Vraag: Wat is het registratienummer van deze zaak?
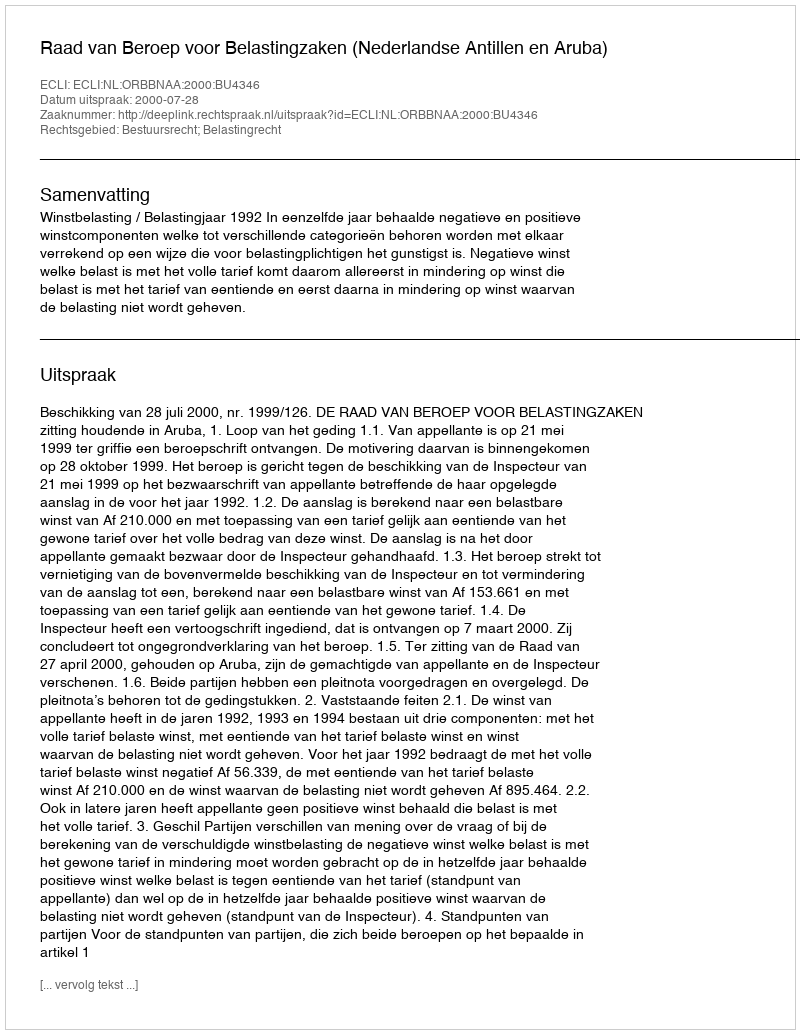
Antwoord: http://deeplink.rechtspraak.nl/uitspraak?id=ECLI:NL:ORBBNAA:2000:BU4346